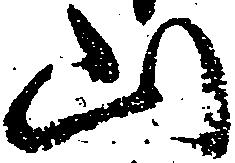
山